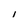
Character: i